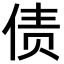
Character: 债